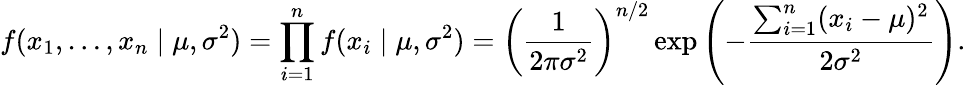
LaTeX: f(x_{1},\ldots,x_{n}\mid\mu,\sigma^{2})=\prod_{i=1}^{n}f(x_{i}\mid\mu,\sigma^{2})=\left({\frac{1}{2\pi\sigma^{2}}}\right)^{n/2}\exp\left(-{\frac{\sum_{i=1}^{n}(x_{i}-\mu)^{2}}{2\sigma^{2}}}\right).